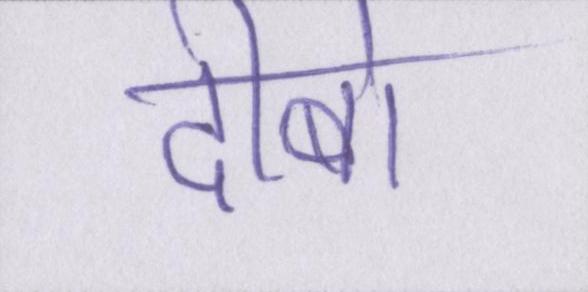
दीबो